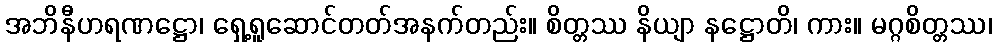
အဘိနီဟရဏဋ္ဌော၊ ရှေ့ရူဆောင်တတ်အနက်တည်း။ စိတ္တဿ နိယျာ နဋ္ဌောတိ၊ ကား။ မဂ္ဂစိတ္တဿ၊